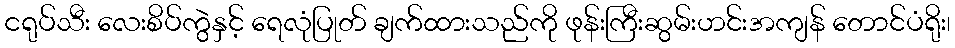
ငရုပ်သီး လေးစိပ်ကွဲနှင့် ရေလုံပြုတ် ချက်ထားသည်ကို ဖုန်းကြီးဆွမ်းဟင်းအကျန် တောင်ပံရိုး၊